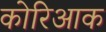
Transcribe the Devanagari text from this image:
कोरिआक